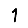
Digit: 1